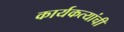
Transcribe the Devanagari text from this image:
कार्यकत्यांची